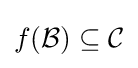
f({\mathcal {B}})\subseteq {\mathcal {C}}